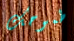
طموحك